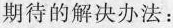
期待的解决办法：